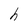
Character: h